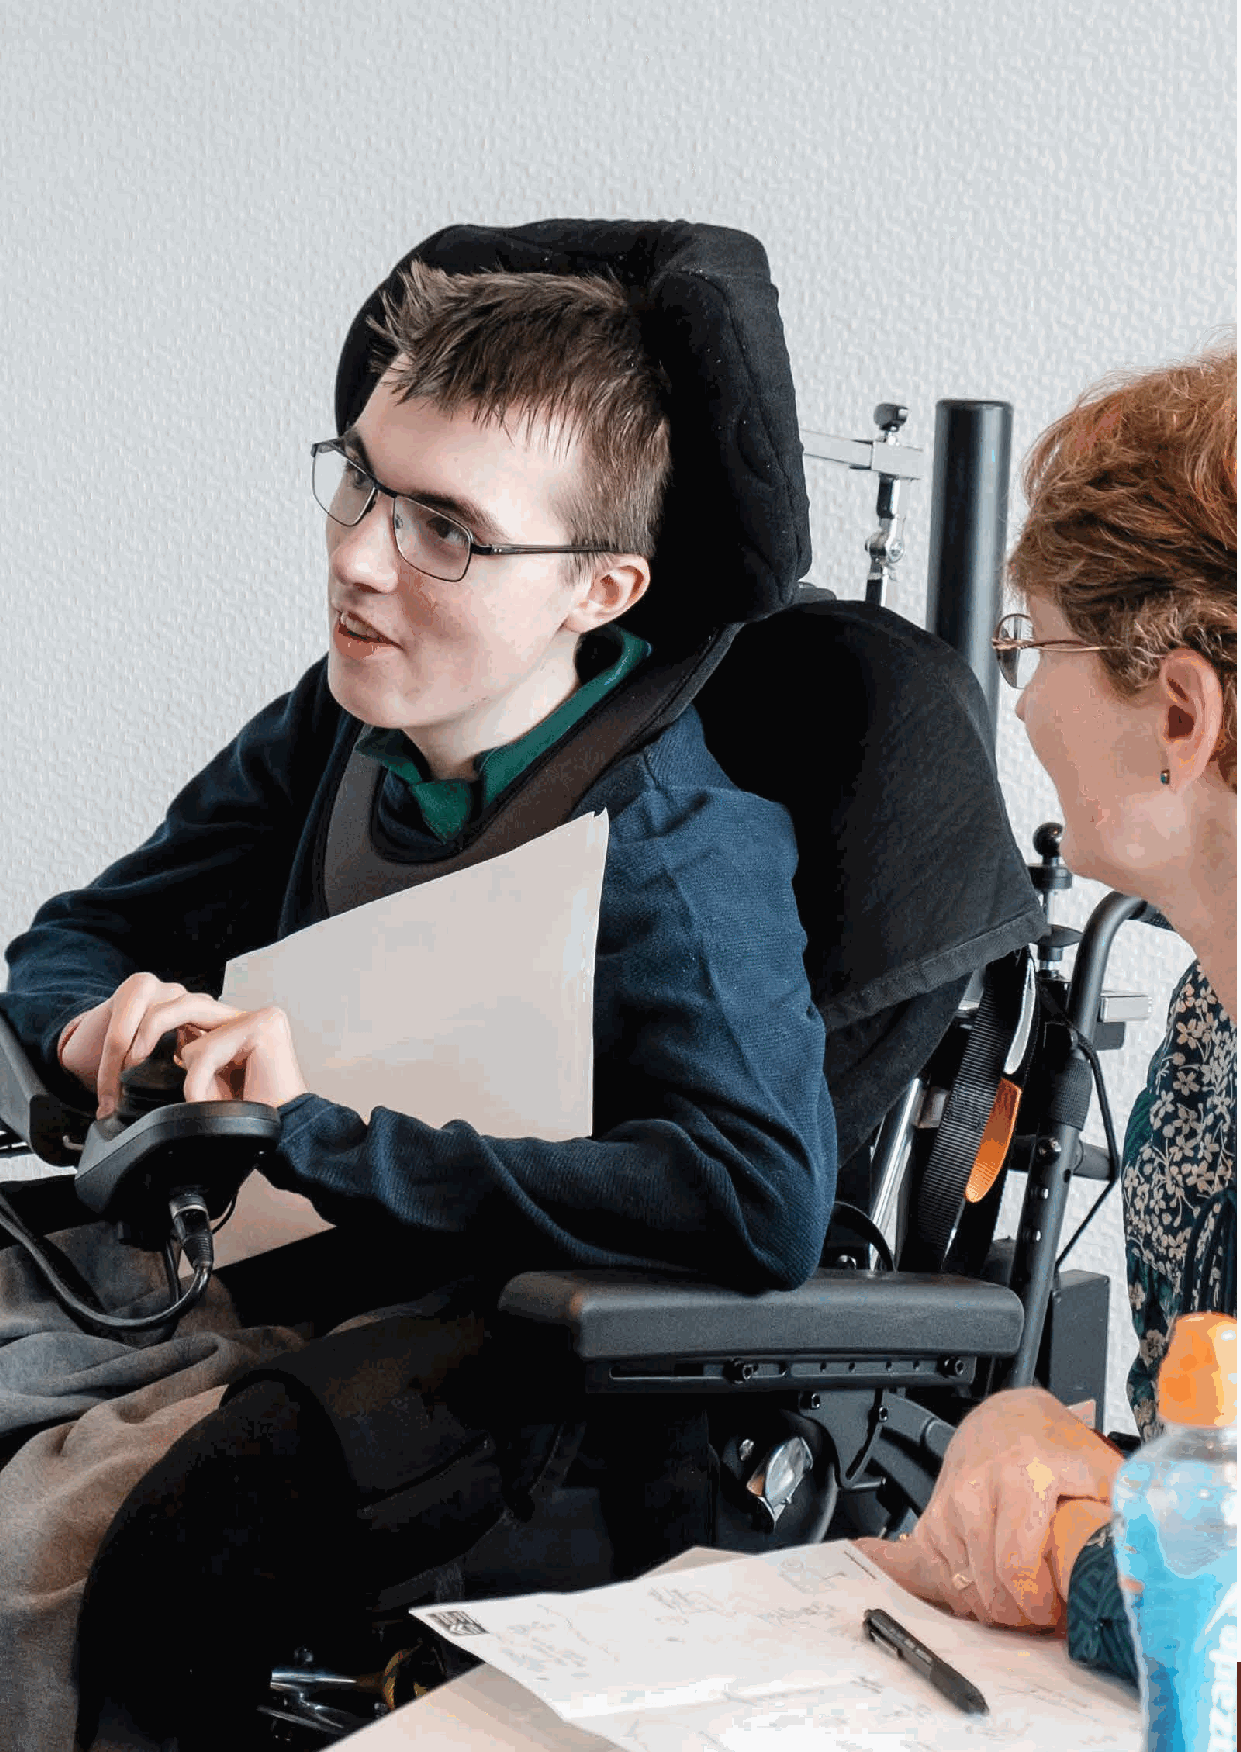
80                       ‘Inspiring Hearts, Engaging Minds’ (IHEM) Pilot Programme
 IHEM-Evaluation-Summary-Report_Brand Compliant.indd 80                  29/09/2020 06:59:38